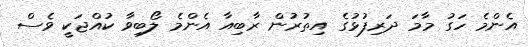
އެންމެ ހަގު މާމަ ދަރިފުޅުގެ އިތުރުން ރާބިއާ އެންމެ ލޯބިވާ ކުއްޖަކީ ވެސް